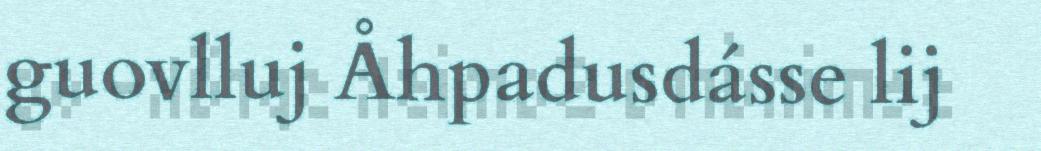
guovlluj Åhpadusdásse lij